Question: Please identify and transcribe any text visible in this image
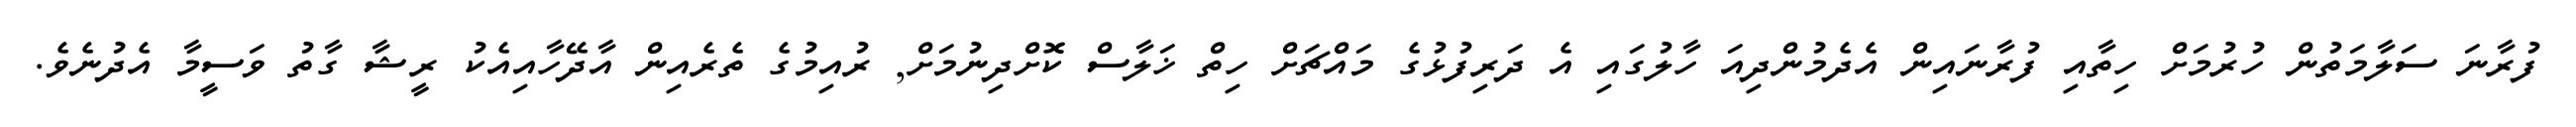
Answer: ފުރާނަ ސަލާމަތުން ހުރުމަށް ހިތާއި ފުރާނައިން އެދެމުންދިއަ ހާލުގައި އެ ދަރިފުޅުގެ މައްޗަށް ހިތް ޚަލާސް ކޮށްދިނުމަށް, ރުއިމުގެ ތެރެއިން އާދޭހާއިއެކު ރީޝާ ގާތު ވަސީމާ އެދުނެވެ.